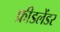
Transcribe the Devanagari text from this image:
फ्रीडलेंडर